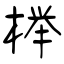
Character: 榉